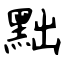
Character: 黜